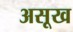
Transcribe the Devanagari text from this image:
असूख